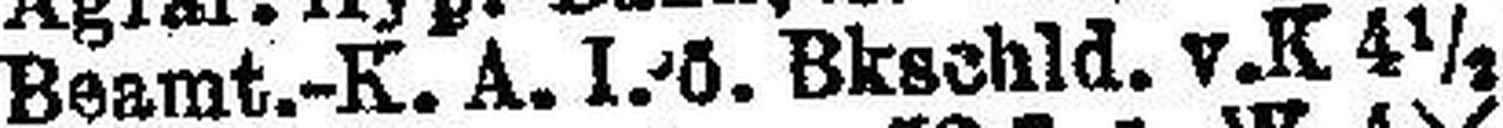
Beamt.-K. A. I. ö Bkschld. v. K 4½